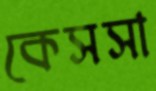
কেসসা